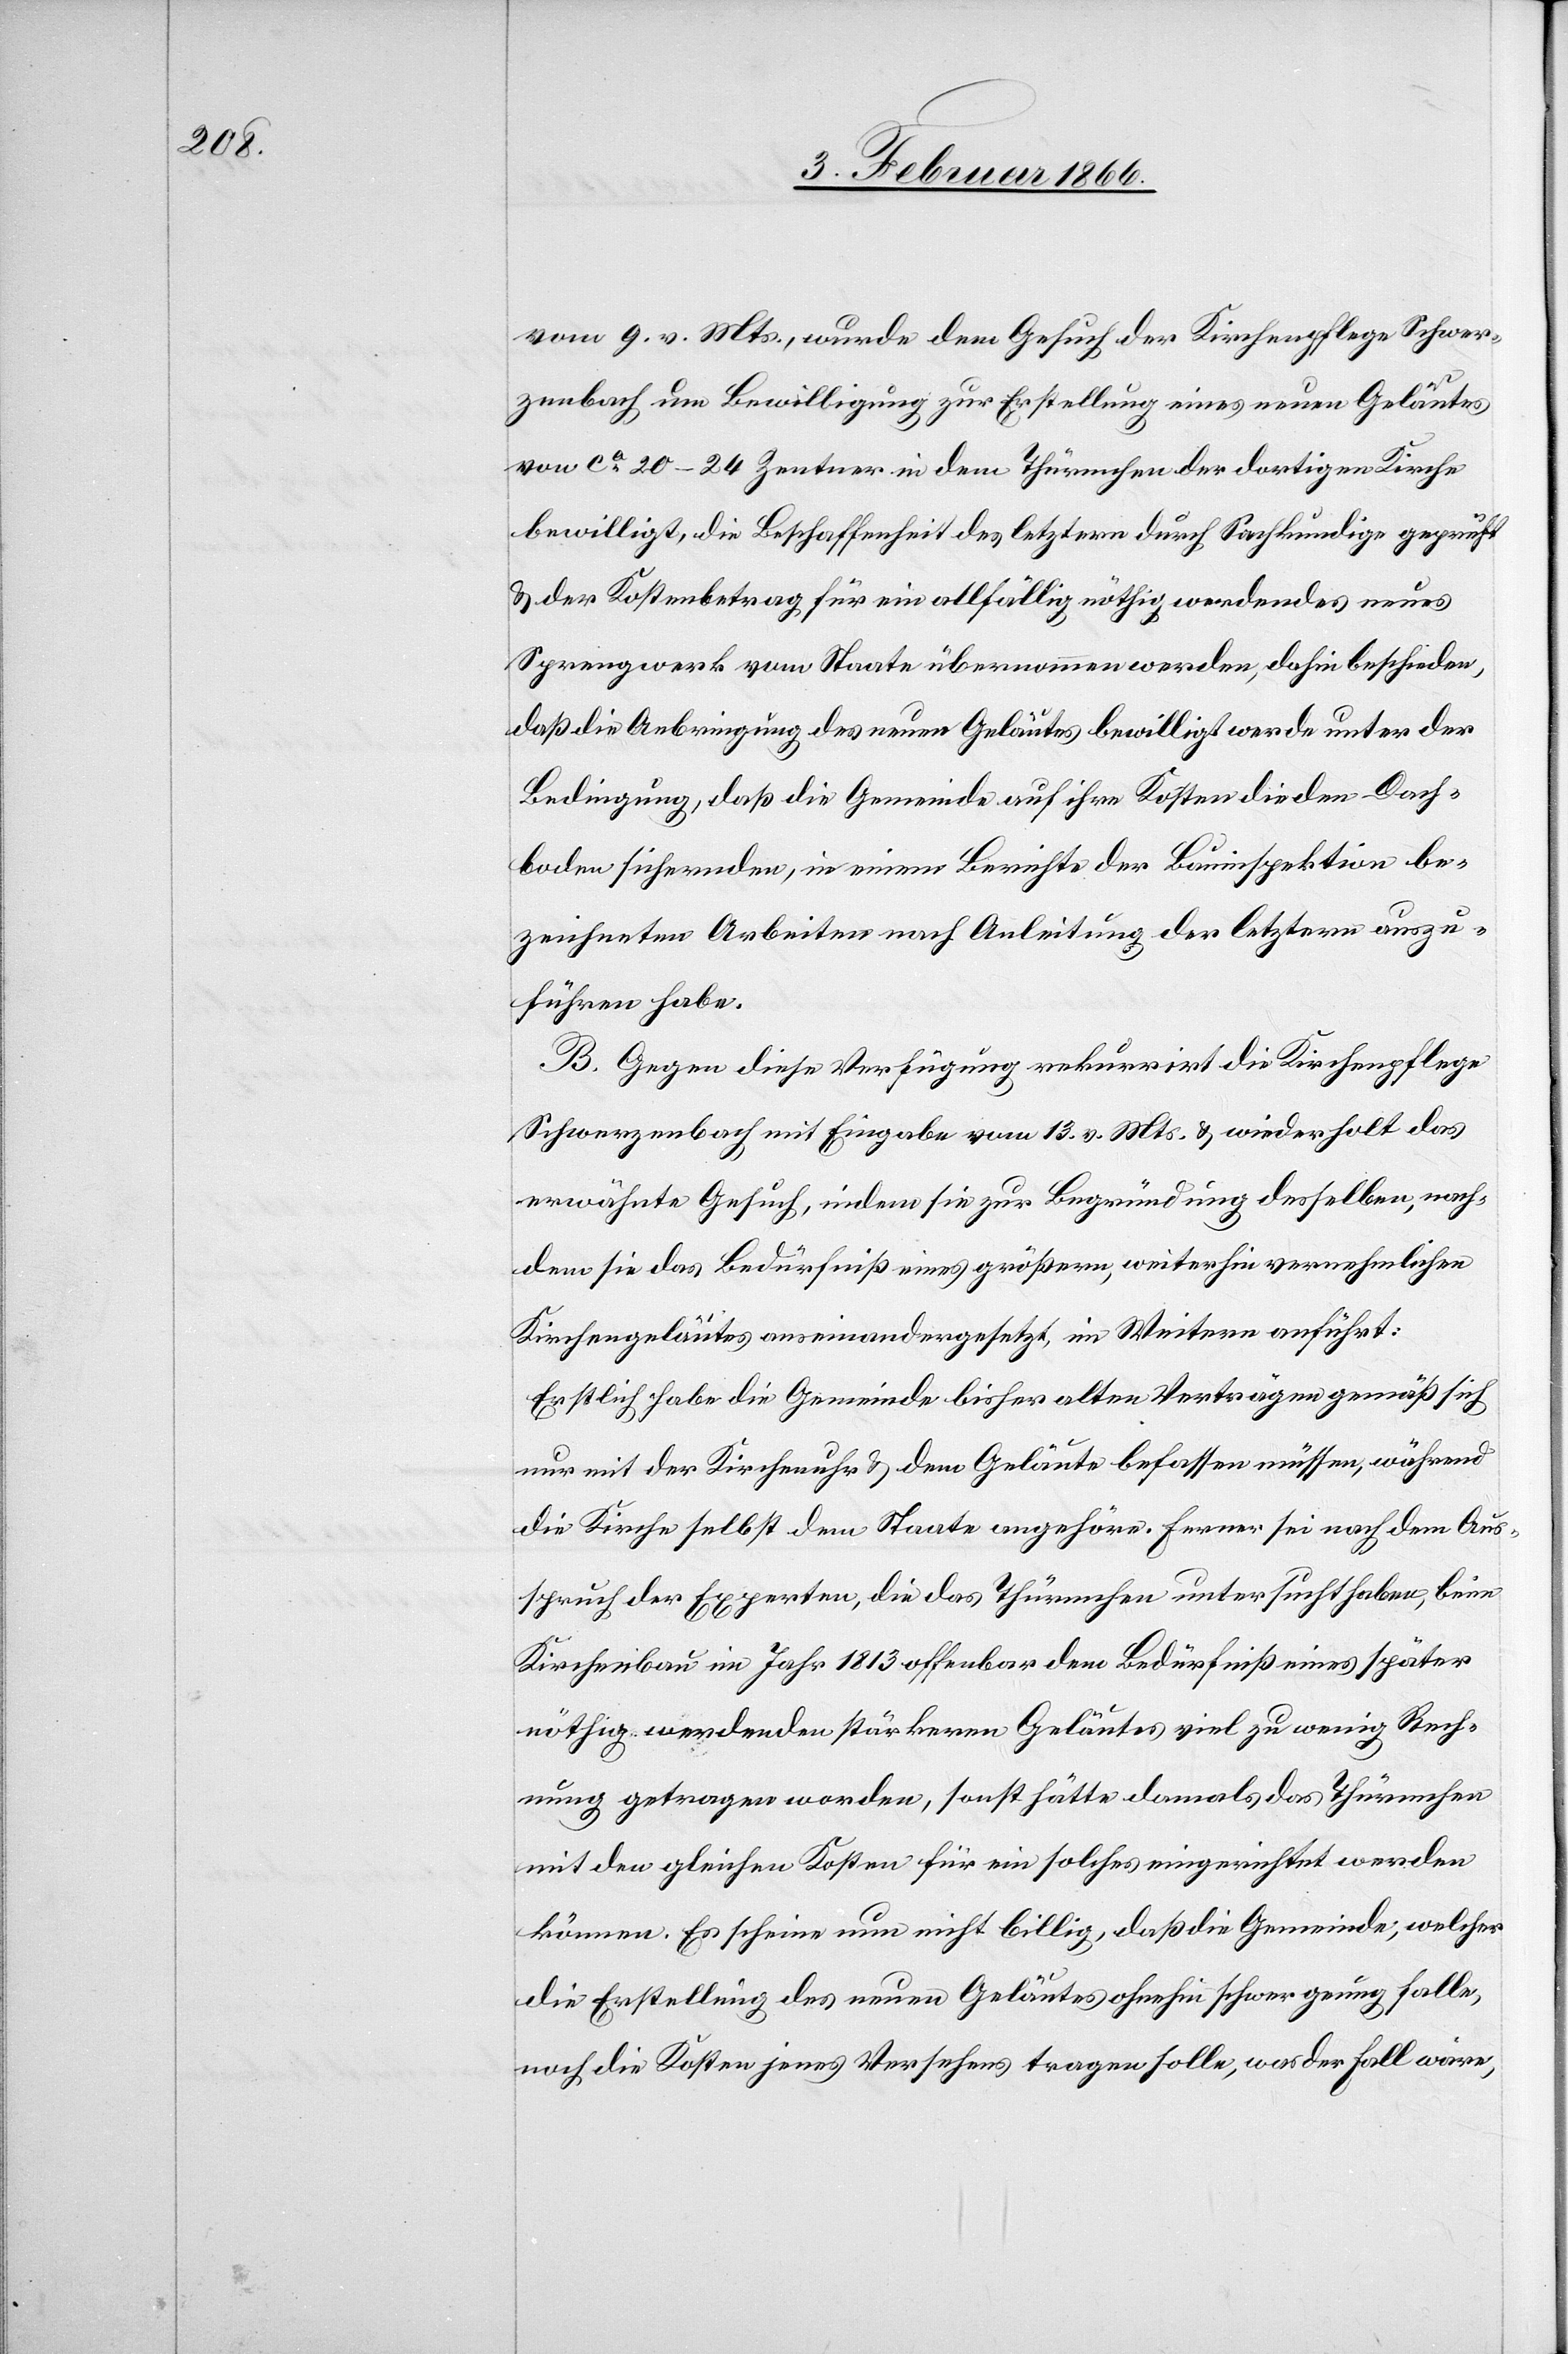
vom 9. v. Mts., wurde dem Gesuch der Kirchenpflege Schwer¬
zenbach um Bewilligung zur Erstellung eines neuen Geläutes
von ca. 20–24 Zentner in dem Thürmchen der dortigen Kirche
u. der Kostenbetrag für ein allfällig nöthig werdendes neues
Sprengwerk vom Staate übernommen werden, dahin beschieden,
daß die Anbringung des neuen Geläutes bewilligt werde unter der
Bedingung, daß die Gemeinde auf ihre Kosten die den Dach¬
boden sichernden, in einem Berichte der Bauinspektion be¬
zeichneten Arbeiten nach Anleitung der letztern auszu¬
führen habe.
B. Gegen diese Verfügung rekurrirt die Kirchenpflege
Schwerzenbach mit Eingabe vom 13. v. Mts. u. wiederholt das
erwähnte Gesuch, indem sie zur Begründung desselben, nach¬
dem sie das Bedürfniß eines größern, weiterhin vernehmlichen
Kirchengeläutes auseinandergesetzt, im Weitern anführt:
Erstlich habe die Gemeinde bisher alten Verträgen gemäß sich
nur mit der Kirchenuhr u. dem Geläute befassen müssen, während
die Kirche selbst dem Staate angehöre. Ferner sei nach dem Aus¬
spruch der Experten, die das Thürmchen untersucht haben, beim
Kirchenbau im Jahr 1813 offenbar dem Bedürfniß eines später
nöthig werdenden stärkeren Geläutes viel zu wenig Rech¬
nung getragen worden, sonst hätte damals das Thürmchen
mit den gleichen Kosten für ein solches eingerichtet werden
können. Es scheine nun nicht billig, daß die Gemeinde, welcher
die Erstellung des neuen Geläutes ohnehin schwer genug falle,
noch die Kosten jenes Versehens tragen solle, was der Fall wäre,